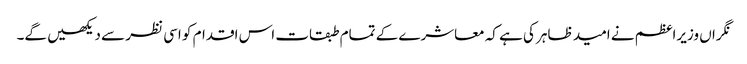
نگراں وزیراعظم نے امید ظاہر کی ہے کہ معاشرے کے تمام طبقات اس اقدام کو اسی نظر سے دیکھیں گے۔